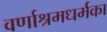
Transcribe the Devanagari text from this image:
वर्णाश्रमधर्मका